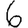
Digit: 6